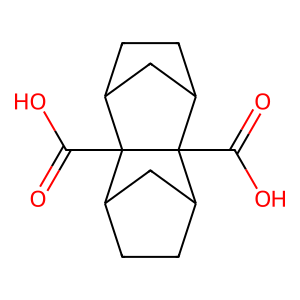
SMILES: O=C(O)C12C3CCC(C3)C1(C(=O)O)C1CCC2C1
Inhibits HIV replication: No